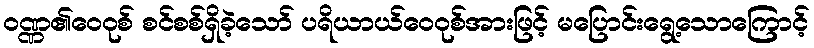
ဝဏ္ဏ၏ဝေဝုစ် စင်စစ်ရှိခဲ့သော် ပရိယာယ်ဝေဝုစ်အားဖြင့် မပြောင်းရွေ့သောကြောင့်